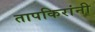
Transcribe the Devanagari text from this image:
तापकिरांनी